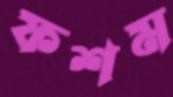
ফশম